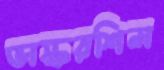
ভাস্করশিল